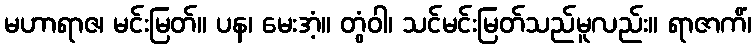
မဟာရာဇ၊ မင်းမြတ်။ ပန၊ မေးအံ့။ တွံဝါ၊ သင်မင်းမြတ်သည်မူလည်း။ ရာဇာကိံ၊